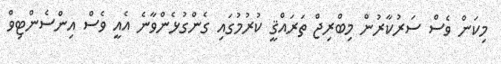
މިކަން ވެސް ސަރުކާރުން މިބްރިޖް ތަރައްޤީ ކުރުމުގައި ގެންގުޅެންވާނެ އެއީ ވެސް އިންސެންޓިވް